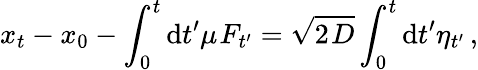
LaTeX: x_{t}-x_{0}-\int_{0}^{t}\mathrm{d}t^{\prime}\mu~\! F_{t^{\prime}}=\sqrt{2~\! D}\int_{0}^{t}\mathrm{d}t^{\prime}\eta_{t^{\prime}}\, ,